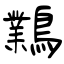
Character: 鸈